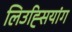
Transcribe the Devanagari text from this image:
लिउह्सियांग